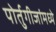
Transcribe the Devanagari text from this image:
पोर्तुगीजांमध्ये